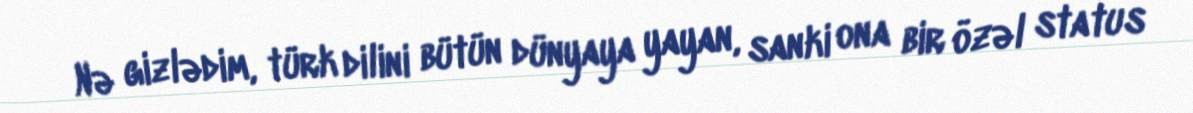
Nə gizlədim, türk dilini bütün dünyaya yayan, sanki ona bir özəl status